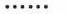
……